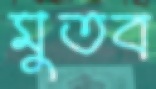
মুতব